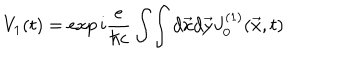
V _ { 1 } ( t ) = \exp i { \frac { e } { \hbar c } } \int \! \int d \vec { x } d \vec { y } J _ { 0 } ^ { ( 1 ) } ( \vec { x } , t )